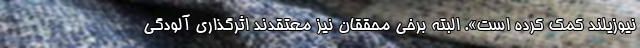
نیوزیلند کمک کرده است». البته برخی محققان نیز معتقدند اثرگذاری آلودگی